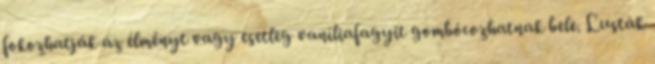
fokozhatják az élményt vagy esetleg vaníliafagyit gombócozhatnak bele. Lusták